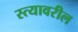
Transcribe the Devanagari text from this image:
स्त्यावरील